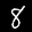
Label: 8